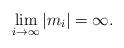
LaTeX: \begin{align*}\lim_{i\to\infty}|m_i|=\infty.\end{align*}